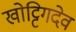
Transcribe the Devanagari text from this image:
खोट्टिगदेव